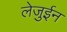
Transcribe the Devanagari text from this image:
लेजुईन